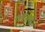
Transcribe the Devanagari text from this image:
घनिष्ट्